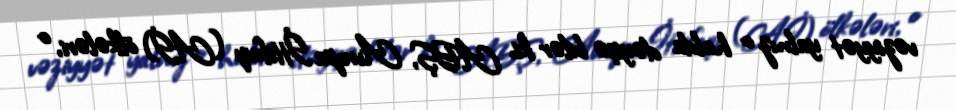
vəziyyət yalnız o halda dəyişə bilər ki, ABŞ, Avropa İttifaqı (Aİ) ölkələri, o